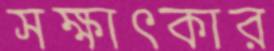
সক্ষাৎকার